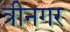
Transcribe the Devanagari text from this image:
त्रीनगर